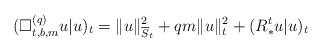
LaTeX: \begin{align*}(\Box^{(q)}_{t, b, m}u|u)_t=\|u\|_{\overline S_t}^2+qm\|u\|_t^2+(R^t_\ast u|u)_t\end{align*}